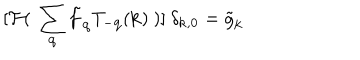
[ { \mathcal { F } } ( \mathrm { ~ } \sum _ { { \bf { q } } } { \tilde { f } } _ { { \bf { q } } } T _ { - { \bf { q } } } ( { \bf { k } } ) \mathrm { ~ } ) ] \mathrm { ~ } \delta _ { { \bf { k } } , { \bf { 0 } } } = { \tilde { g } } _ { { \bf { k } } }